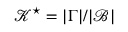
\mathcal { K } ^ { \star } = | \Gamma | / | \mathcal B |